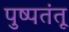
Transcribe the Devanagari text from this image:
पुष्पतंतू